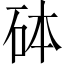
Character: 砵